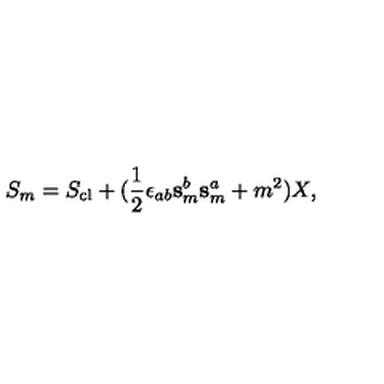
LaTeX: S _ { m } = S _ { \mathrm { c l } } + ( \mathrm { \frac { 1 } { 2 } } \epsilon _ { a b } \mathbf { s } _ { m } ^ { b } \mathbf { s } _ { m } ^ { a } + m ^ { 2 } ) X ,